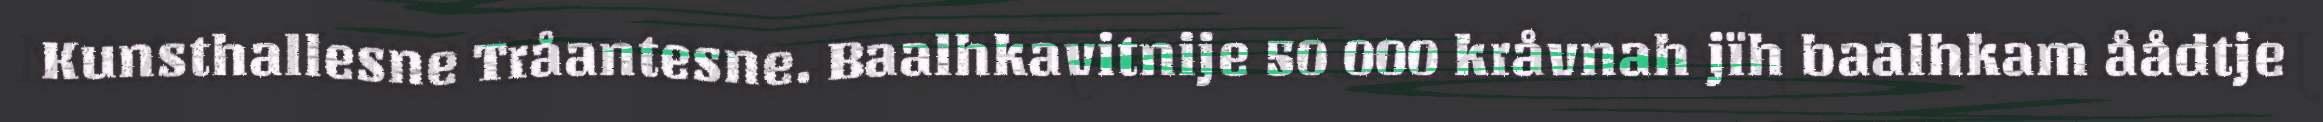
Kunsthallesne Tråantesne. Baalhkavitnije 50 000 kråvnah jïh baalhkam åådtje